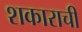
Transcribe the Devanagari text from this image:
शकाराची